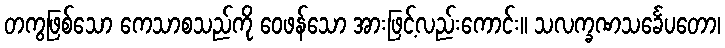
တကွဖြစ်သော ကေသာစသည်ကို ဝေဖန်သော အားဖြင့်လည်းကောင်း။ သလက္ခဏသင်္ခေပတော၊